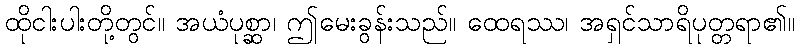
ထိုငါးပါးတို့တွင်။ အယံပုစ္ဆာ၊ ဤမေးခွန်းသည်။ ထေရဿ၊ အရှင်သာရိပုတ္တရာ၏။